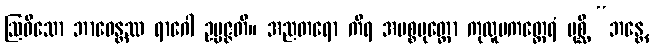
ဩဓိသော ဘာဝေန္တဿ ရာဂေါ ဥပ္ပဇ္ဇတိ။ အညတရော ကိရ အမစ္စပုတ္တော ကုလူပကတ္ထေရံ ပုစ္ဆိ “ဘန္တေ,